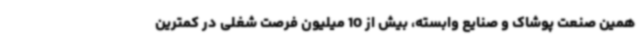
همین صنعت پوشاک و صنایع وابسته، بیش از 10 میلیون فرصت شغلی در کمترین